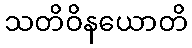
သတိဝိနယောတိ